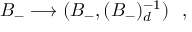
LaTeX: B _ { - } \longrightarrow ( B _ { - } , ( B _ { - } ) _ { d } ^ { - 1 } ) \ \ ,